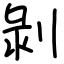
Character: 剝